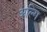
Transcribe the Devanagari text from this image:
अल्गि